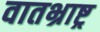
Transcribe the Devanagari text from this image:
वातभ्राष्ट्र